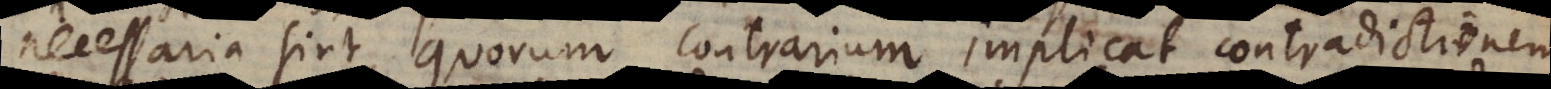
necessaria sint, quorum contrarium implicat contradictionem,